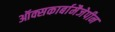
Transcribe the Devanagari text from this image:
ऑक्सकार्बामैजेपीन